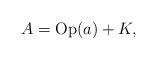
LaTeX: \begin{align*}A={\rm Op}(a)+K,\end{align*}